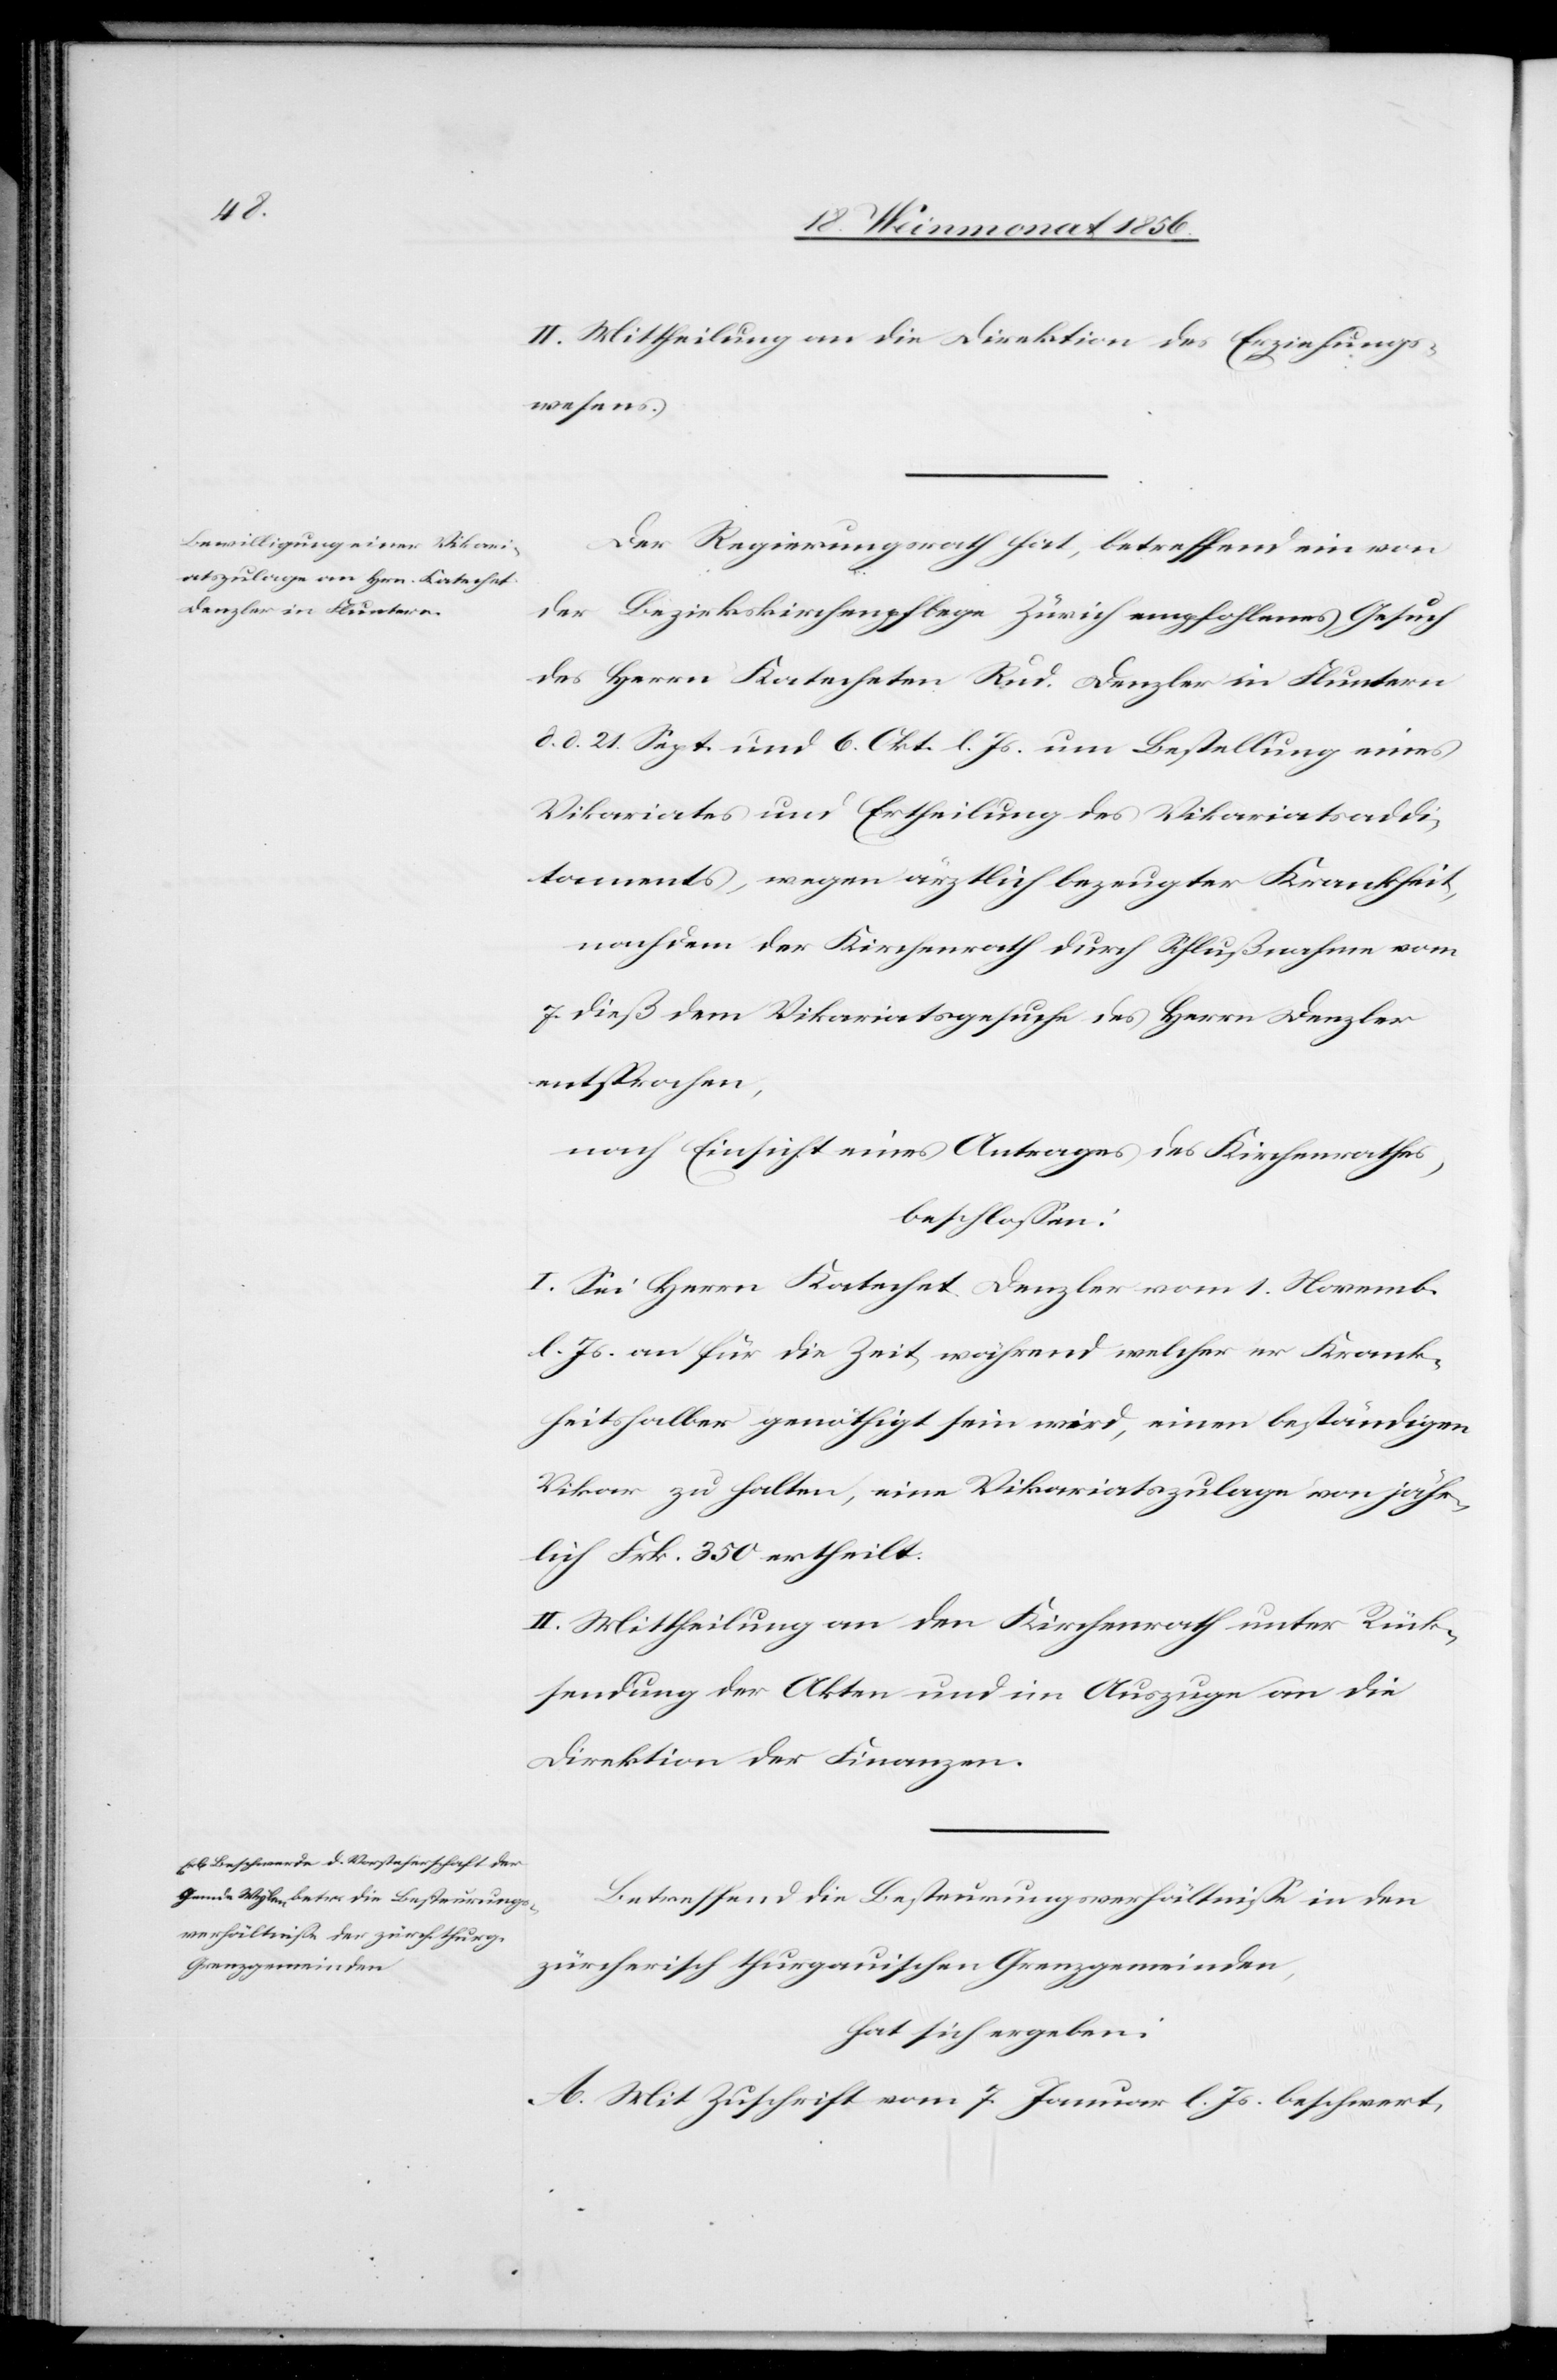
II. Mittheilung an die Direktion des Erziehungs¬
wesens.
Der Regierungsrath hat, betreffend ein von
der Bezirkskirchenpflege Zürich empfohlenes Gesuch
des Herrn Katecheten Rud. Denzler in Fluntern
d. d. 21. Sept. und 6. Okt. l. Js. um Bestellung eines
Vikariats und Ertheilung des Vikariatsaddi¬
taments, wegen ärztlich bezeugter Krankheit,
nachdem der Kirchenrath durch Schlußnahme vom
7. dieß dem Vikariatsgesuche des Herrn Denzler
entsprochen,
nach Einsicht eines Antrages des Kirchenrathes,
beschlossen:
I. Sei Herrn Katechet Denzler vom 1. Novemb.
l. Js. an für die Zeit während welcher er Krank¬
heitshalber genöthigt sein wird, einen beständigen
Vikar zu halten, eine Vikariatszulage von jähr¬
lich Frk. 350 ertheilt.
II. Mittheilung an den Kirchenrath unter Rück¬
sendung der Akten und im Auszuge an die
Direktion der Finanzen.
Betreffend die Besteurungsverhältnisse in den
zürcherisch thurgauischen Grenzgemeinden,
hat sich ergeben:
A. Mit Zuschrift vom 7. Januar l. Js. beschwert